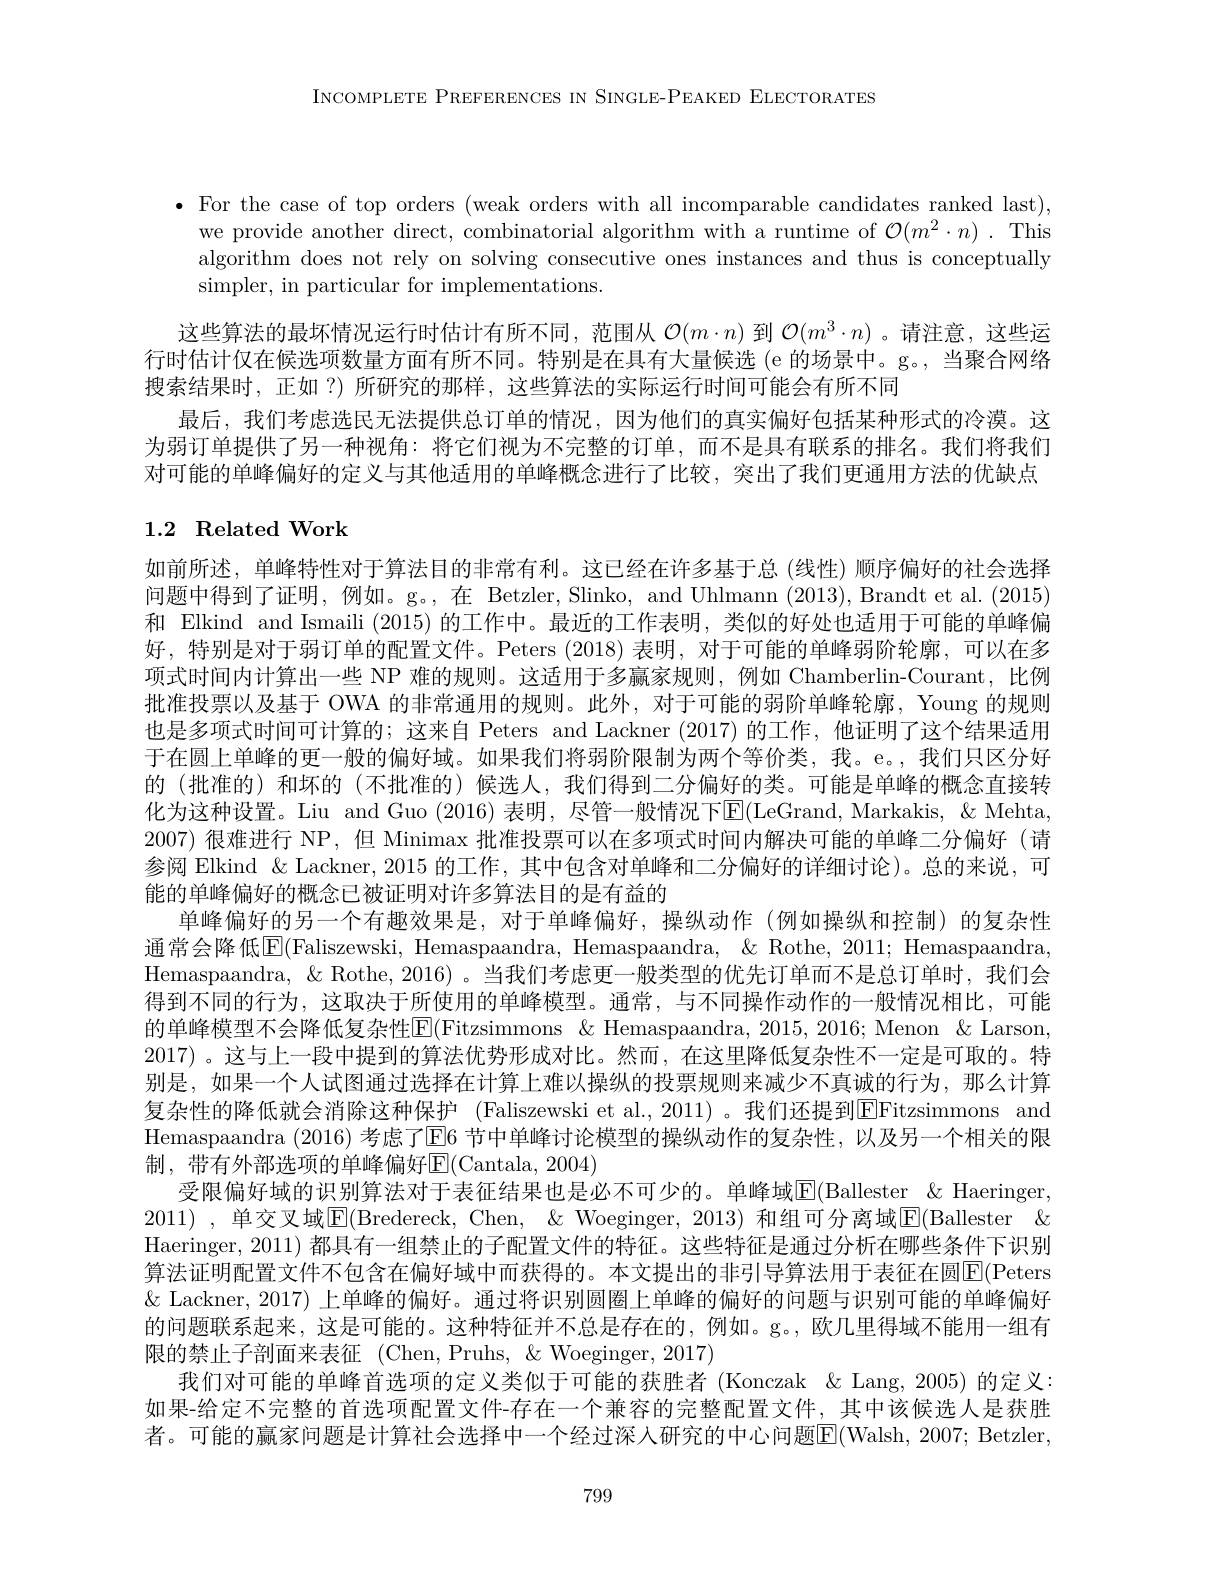
INCOMPLETE PREFERENCES IN SINGLE-PEAKED ELECTORATES

$\bullet$ For the case of top orders (weak orders with all incomparable candidates ranked last),
we provide another direct, combinatorial algorithm with a runtime of $\mathcal{O} ( m^2\cdot n)$ . This algorithm does not rely on solving consecutive ones instances and thus is conceptually simpler, in particular for implementations.

这些算法的最坏情况运行时估计有所不同，范围从$\mathcal{O}(m\cdot n)$到$\mathcal{O}(m^3\cdot n)$ 。请注意，这些运行时估计仅在候选项数量方面有所不同。特别是在具有大量候选 (e 的场景中。g。, 当聚合网络搜索结果时，正如？) 所研究的那样，这些算法的实际运行时间可能会有所不同
最后，我们考虑选民无法提供总订单的情况，因为他们的真实偏好包括某种形式的冷漠。这为弱订单提供了另一种视角：将它们视为不完整的订单，而不是具有联系的排名。我们将我们对可能的单峰偏好的定义与其他适用的单峰概念进行了比较，突出了我们更通用方法的优缺点

# 1.2 Related Work

如前所述，单峰特性对于算法目的非常有利。这已经在许多基于总 (线性)顺序偏好的社会选择问题中得到了证明，例如。g。,在 Betzler, Slinko, and Uhlmann (2013), Brandt et al. (2015) 和 Elkind and Ismaili (2015) 的工作中。最近的工作表明，类似的好处也适用于可能的单峰偏好，特别是对于弱订单的配置文件。Peters (2018)表明，对于可能的单峰弱阶轮廓，可以在多项式时间内计算出一些 NP 难的规则。这适用于多赢家规则，例如 Chamberlin-Courant,比例批准投票以及基于 OWA 的非常通用的规则。此外，对于可能的弱阶单峰轮廓，Young 的规则也是多项式时间可计算的；这来自 Peters and Lackner (2017) 的工作，他证明了这个结果适用于在圆上单峰的更一般的偏好域。如果我们将弱阶限制为两个等价类，我。e。,我们只区分好的 (批准的)和坏的 (不批准的)候选人，我们得到二分偏好的类。可能是单峰的概念直接转化为这种设置。Liu and Guo (2016) 表明，尽管一般情况下$\overline{\mathrm{E}}($LeGrand,Markakis, & Mehta, 2007) 很难进行 NP, 但 Minimax 批准投票可以在多项式时间内解决可能的单峰二分偏好 (请参阅 Elkind & Lackner, 2015 的工作，其中包含对单峰和二分偏好的详细讨论)。总的来说，可能的单峰偏好的概念已被证明对许多算法目的是有益的
单峰偏好的另一个有趣效果是，对于单峰偏好，操纵动作(例如操纵和控制)的复杂性通常会降低$\boxed{\mathrm{F}}($Faliszewski, Hemaspaandra, Hemaspaandra, & Rothe, 2011; Hemaspaandra, Hemaspaandra, & Rothe, 2016)。当我们考虑更一般类型的优先订单而不是总订单时，我们会得到不同的行为，这取决于所使用的单峰模型。通常，与不同操作动作的一般情况相比，可能的单峰模型不会降低复杂性$\overline{\mathrm{E}}($Fitzsimmons &Hemaspaandra, 2015, 2016; Menon & Larson, 2017) 。这与上一段中提到的算法优势形成对比。然而，在这里降低复杂性不一定是可取的。特别是，如果一个人试图通过选择在计算上难以操纵的投票规则来减少不真诚的行为，那么计算复杂性的降低就会消除这种保护 (Faliszewski et al., 2011) 。我们还提到$\boxed{\mathrm{E}}$Fitzsimmons and Hemaspaandra (2016) 考虑了$\overline{\mathrm{E}}6$ 节中单峰讨论模型的操纵动作的复杂性，以及另一个相关的限制，带有外部选项的单峰偏好$\operatorname{E}($Cantala,2004)
受限偏好域的识别算法对于表征结果也是必不可少的。单峰域$\overline{\mathrm{E}}($Ballester &Haeringer, Haeringer, 2011) 都具有一组禁止的子配置文件的特征。这些特征是通过分析在哪些条件下识别算法证明配置文件不包含在偏好域中而获得的。本文提出的非引导算法用于表征在圆E(Peters $\&$ Lackner, 2017) 上单峰的偏好。通过将识别圆圈上单峰的偏好的问题与识别可能的单峰偏好的问题联系起来，这是可能的。这种特征并不总是存在的，例如。g。,欧几里得域不能用一组有限的禁止子剖面来表征 (Chen,Pruhs,&&Woeginger,2017)
我们对可能的单峰首选项的定义类似于可能的获胜者 (Konczak &Lang, 2005) 的定义： 如果-给定不完整的首选项配置文件-存在一个兼容的完整配置文件，其中该候选人是获胜者。可能的赢家问题是计算社会选择中一个经过深人研究的中心问题$\overline{\mathrm{E}}($Walsh, 2007; Betzler

799